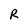
Character: R